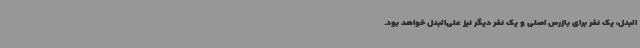
البدل، یک نفر برای بازرس اصلی و یک نفر دیگر نیز علی‌البدل خواهد بود.